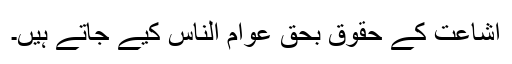
اشاعت کے حقوق بحق عوام الناس کیے جاتے ہیں۔